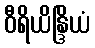
ဝီရိယိန္ဒြိယံ